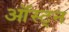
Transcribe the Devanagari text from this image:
ऑस्ट्न